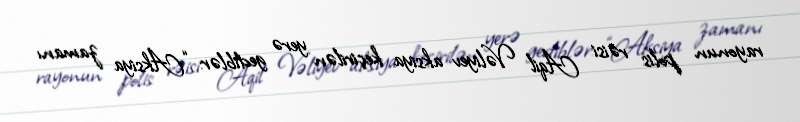
rayonun polis rəisi Aqil Vəliyev aksiya keçirilən yerə gediblər: “Aksiya zamanı